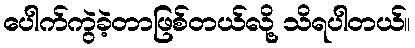
ပေါက်ကွဲခဲ့တာဖြစ်တယ်လို့ သိရပါတယ်။